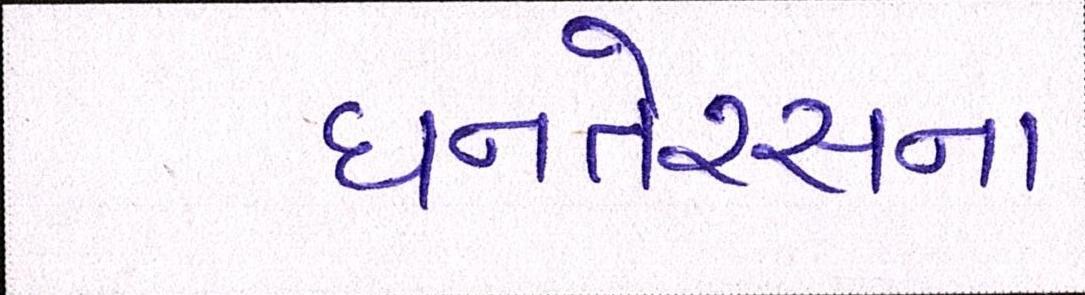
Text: ધનતેરસના